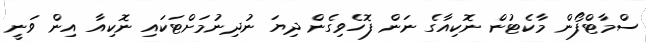
ސްމާޓްފޯން މާކެޓުން ނޮކިއާގެ ނަން ފޮހެވިގެން ދިޔަ ނުދިނުމަށްޓަކައި ނޮކިއާ އިން ވަނީ